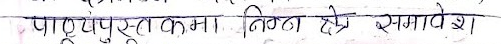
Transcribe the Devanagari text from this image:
पाठ्यपुस्तकमा नितान्त समावेश